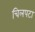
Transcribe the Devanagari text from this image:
चिलपटा